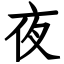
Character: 夜